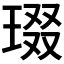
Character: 𱯇